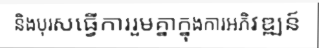
និងបុរសធ្វើការរួមគ្នាក្នុងការអភិវឌ្ឍន៍